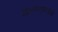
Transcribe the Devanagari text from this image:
ख्रिस्तानुयायांनी